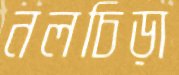
নলচিড়া